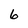
Character: 6